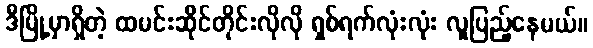
ဒီမြို့မှာရှိတဲ့ ထမင်းဆိုင်တိုင်းလိုလို ရှစ်ရက်လုံးလုံး လူပြည့်နေမယ်။